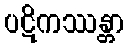
ပဋိကဿန္တာ